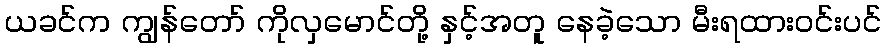
ယခင်က ကျွန်တော် ကိုလှမောင်တို့ နှင့်အတူ နေခဲ့သော မီးရထားဝင်းပင်